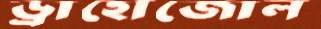
ড্রাহোজোল